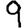
Digit: 9